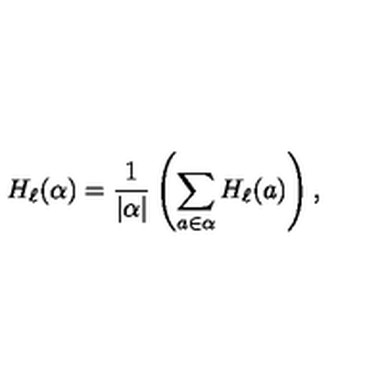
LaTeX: H _ { \ell } ( \alpha ) = { \frac { 1 } { | \alpha | } } \left( \sum _ { a \in \alpha } H _ { \ell } ( a ) \right) ,